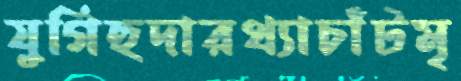
যুগিহুদারথ্যাচাঁটমৃ